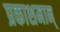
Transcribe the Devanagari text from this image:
प्रकाशमान्‌